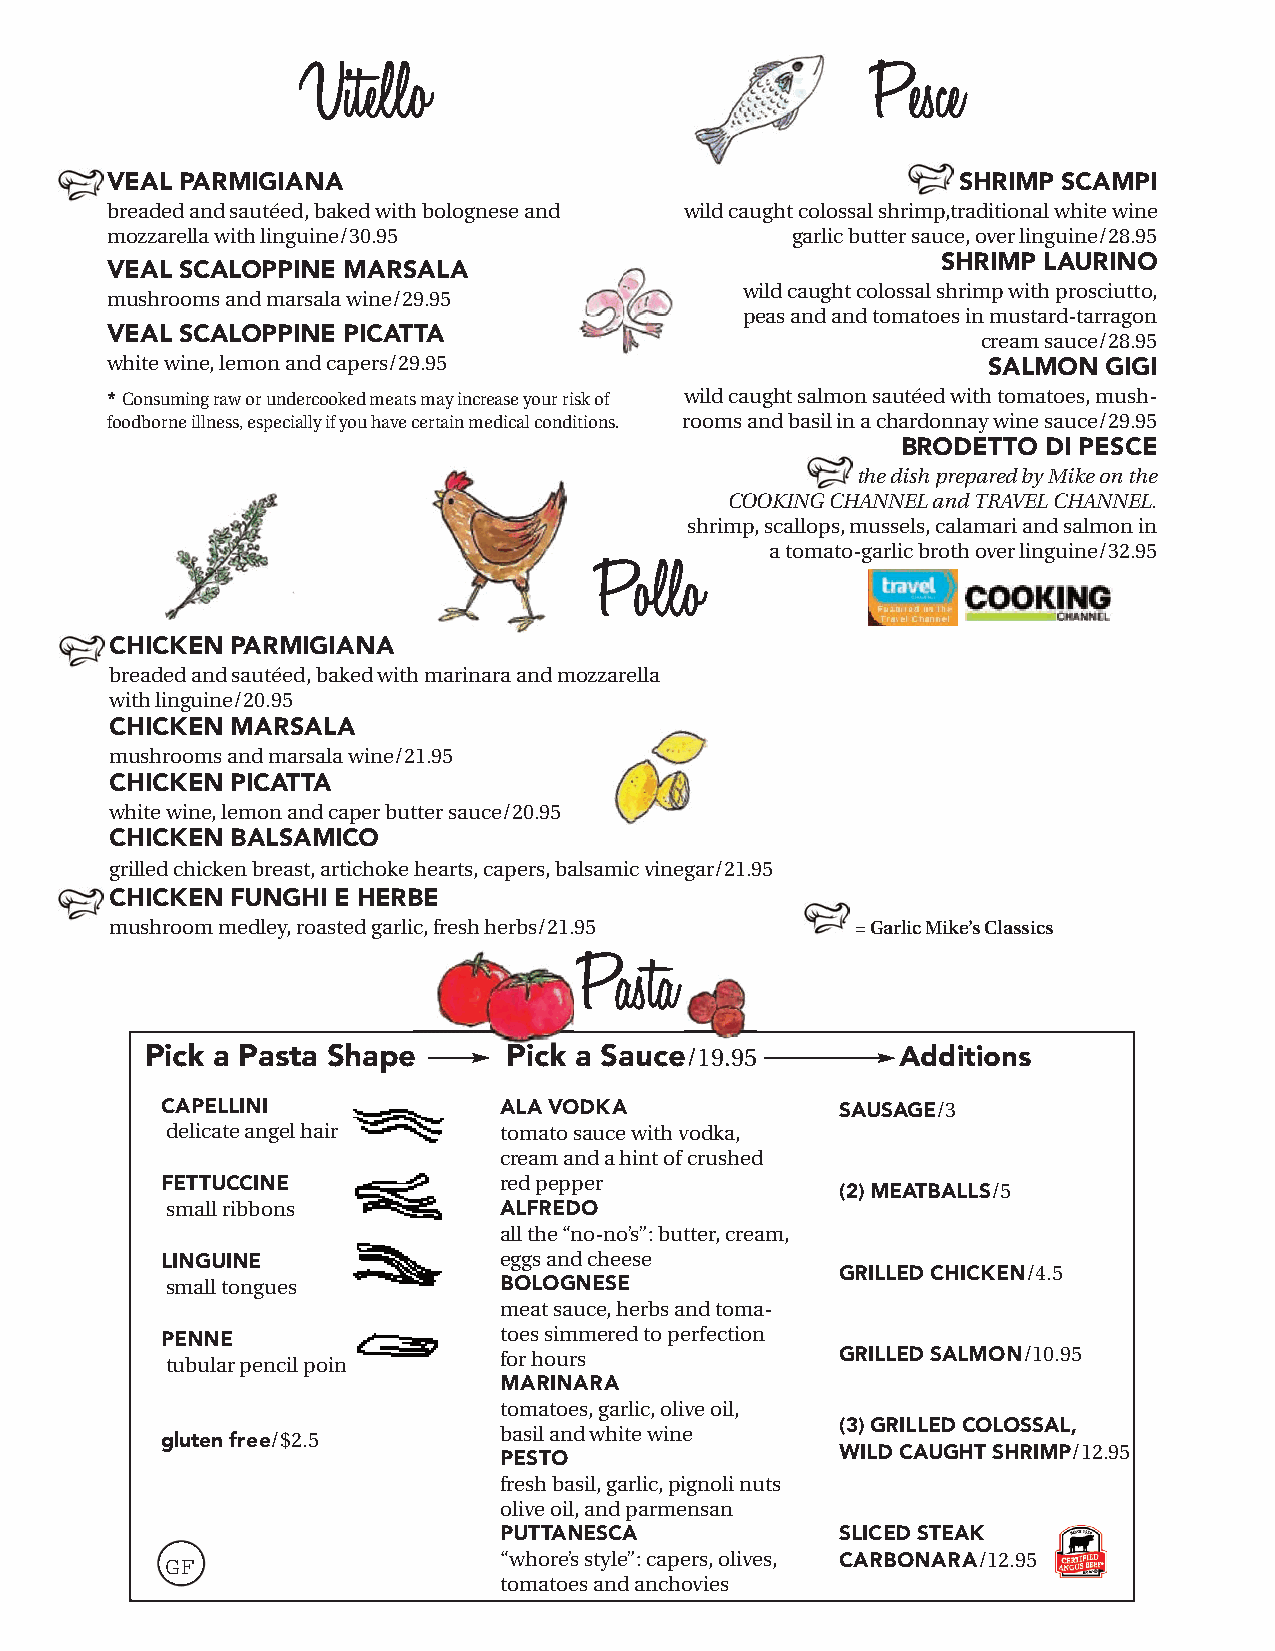
Vitello                               Pesce
 VEAL PARMIGIANA                                         SHRIMP SCAMPI
 breaded and sautéed, baked with bolognese and wild caught colossal shrimp,traditional white wine
 mozzarella with linguine/30.95               garlic butter sauce, over linguine/28.95
 SHRIMP LAURINO
 VEAL SCALOPPINE MARSALA
 wild caught colossal shrimp with prosciutto,
 mushrooms and marsala wine/29.95
 peas and and tomatoes in mustard-tarragon
 VEAL SCALOPPINE PICATTA
 cream sauce/28.95
 white wine, lemon and capers/29.95                        SALMON  GIGI
 * Consuming raw or undercooked meats may increase your risk of wild caught salmon sautéed with tomatoes, mush-
 foodborne illness, especially if you have certain medical conditions. rooms and basil in a chardonnay wine sauce/29.95
 BRODETTO DI PESCE
 the dish prepared by Mike on the
 COOKING CHANNELand TRAVEL CHANNEL.
 shrimp, scallops, mussels, calamari and salmon in
 a tomato-garlic broth over linguine/32.95
 Pollo
 CHICKEN PARMIGIANA
 breaded and sautéed, baked with marinara and mozzarella
 with linguine/20.95
 CHICKEN MARSALA
 mushrooms and marsala wine/21.95
 CHICKEN PICATTA
 white wine, lemon and caper butter sauce/20.95
 CHICKEN BALSAMICO
 grilled chicken breast, artichoke hearts, capers, balsamic vinegar/21.95
 CHICKEN FUNGHI E HERBE
 mushroom medley, roasted garlic, fresh herbs/21.95 = Garlic Mike’s Classics
 Pasta
 Pick a Pasta Shape      Pick a Sauce/19.95        Additions
 CAPELLINI             ALA VODKA              SAUSAGE/3
 delicate angel hair   tomato sauce with vodka,
 cream and a hint of crushed
 FETTUCCINE            red pepper
 (2) MEATBALLS/5
 small ribbons         ALFREDO
 all the “no-no’s”: butter, cream,
 LINGUINE              eggs and cheese
 GRILLED CHICKEN/4.5
 small tongues         BOLOGNESE
 meat sauce, herbs and toma-
 PENNE                 toes simmered to perfection
 tubular pencil points for hours              GRILLED SALMON/10.95
 MARINARA
 tomatoes, garlic, olive oil,
 (3) GRILLED COLOSSAL,
 gluten free/$2.5      basil and white wine
 PESTO                  WILD CAUGHT SHRIMP/12.95
 fresh basil, garlic, pignoli nuts
 olive oil, and parmensan
 PUTTANESCA             SLICED STEAK
 GF                    “whore’s style”: capers, olives, CARBONARA/12.95
 tomatoes and anchovies